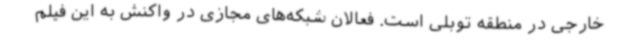
خارجی در منطقه توبلی است. فعالان شبکه‌های مجازی در واکنش به این فیلم